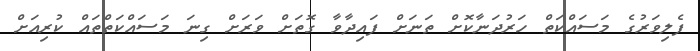
ފެލިވަރުގެ މަސައްކަތް ހަރުދަނާކޮށް ތަނަށް ފައިދާވާ ގޮތަށް ވަރަށް ގިނަ މަސައްކަތްތައް ކުރިއަށް